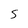
Character: S